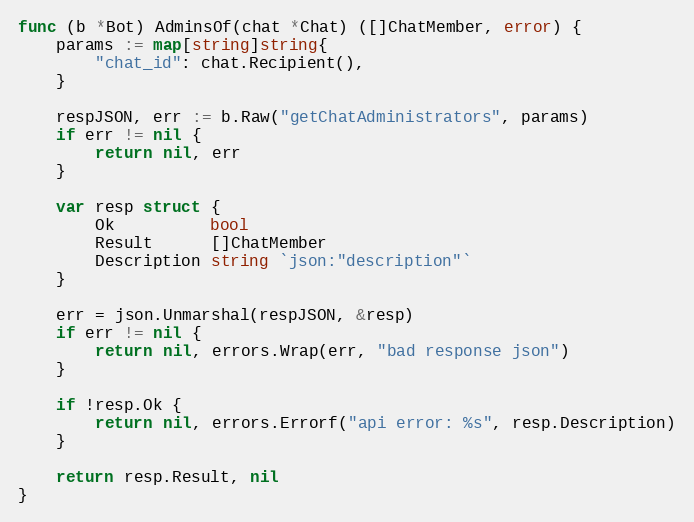
Language: Go
func (b *Bot) AdminsOf(chat *Chat) ([]ChatMember, error) {
	params := map[string]string{
		"chat_id": chat.Recipient(),
	}

	respJSON, err := b.Raw("getChatAdministrators", params)
	if err != nil {
		return nil, err
	}

	var resp struct {
		Ok          bool
		Result      []ChatMember
		Description string `json:"description"`
	}

	err = json.Unmarshal(respJSON, &resp)
	if err != nil {
		return nil, errors.Wrap(err, "bad response json")
	}

	if !resp.Ok {
		return nil, errors.Errorf("api error: %s", resp.Description)
	}

	return resp.Result, nil
}